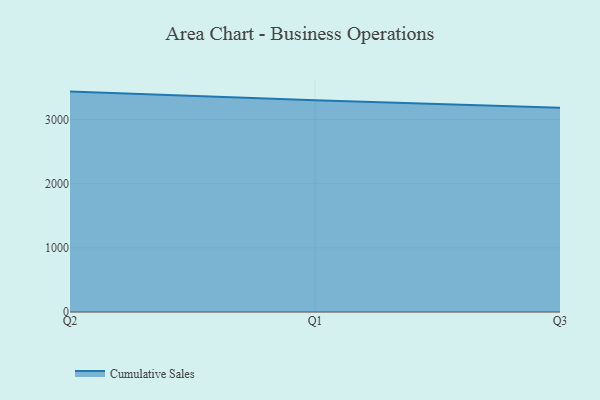
{"axis": {"x": "Quarter", "y": "Headcount"}, "legend": ["Cumulative Sales"], "data": [{"x": "Q2", "y": 3435.9, "type": "Cumulative Sales"}, {"x": "Q1", "y": 3302.3, "type": "Cumulative Sales"}, {"x": "Q3", "y": 3183.7, "type": "Cumulative Sales"}]}